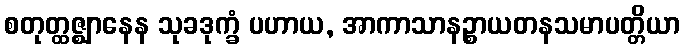
စတုတ္ထဇ္ဈာနေန သုခဒုက္ခံ ပဟာယ, အာကာသာနဉ္စာယတနသမာပတ္တိယာ